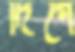
দিগে